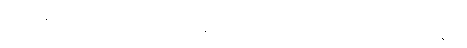
အာဟုနေယျာ၊ အဝေးမှဆောင်၍သီလဝန်ပုဂ္ဂိုလ်တို့အားလှူအပ်သော အလှူကို ခံထိုက်ကုန်၏။